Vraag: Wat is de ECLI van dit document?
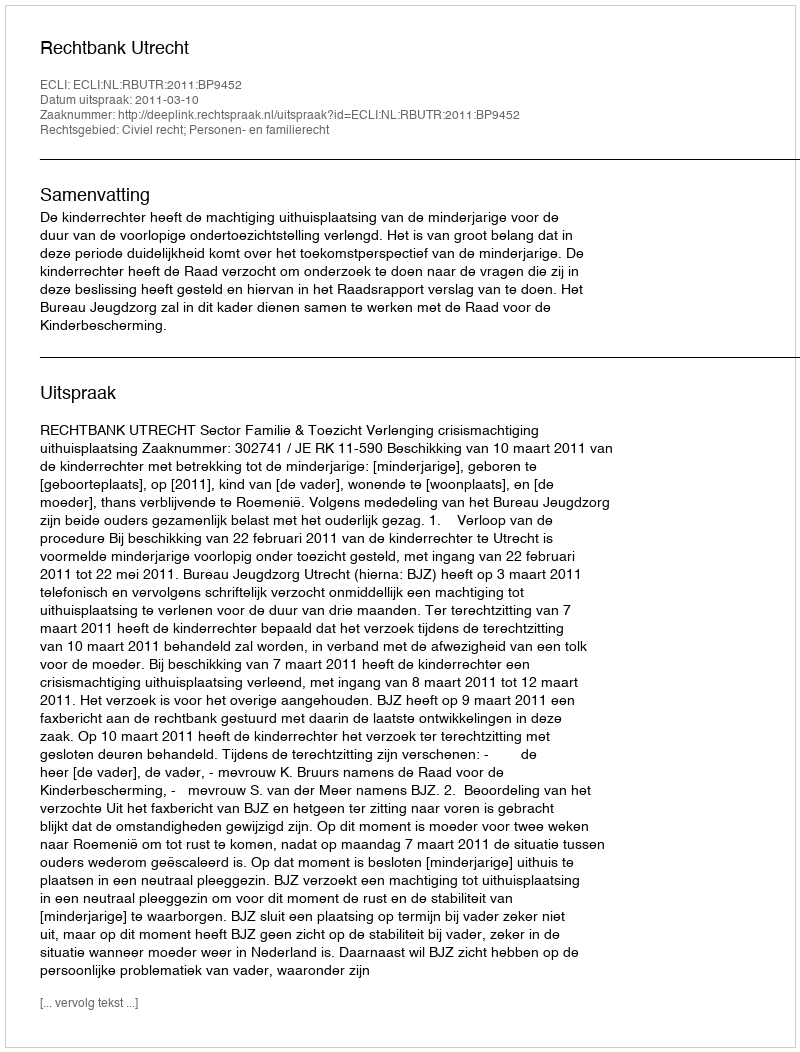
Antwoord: ECLI:NL:RBUTR:2011:BP9452